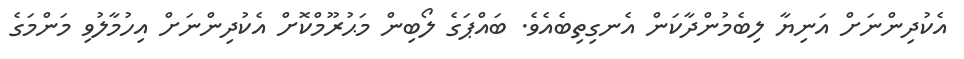
އެކުދިންނަށް އަނިޔާ ލިބެމުންދާކަން އެނގިތިބެއެވެ. ބައްޕަގެ ލޯބިން މަޙުރޫމްކޮށް އެކުދިންނަށް އިހުމާލުވި މަންމަގެ